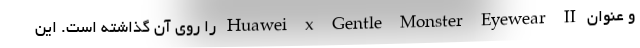
و عنوان Huawei x Gentle Monster Eyewear II را روی آن گذاشته است. این